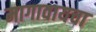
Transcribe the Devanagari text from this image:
मागावायचा